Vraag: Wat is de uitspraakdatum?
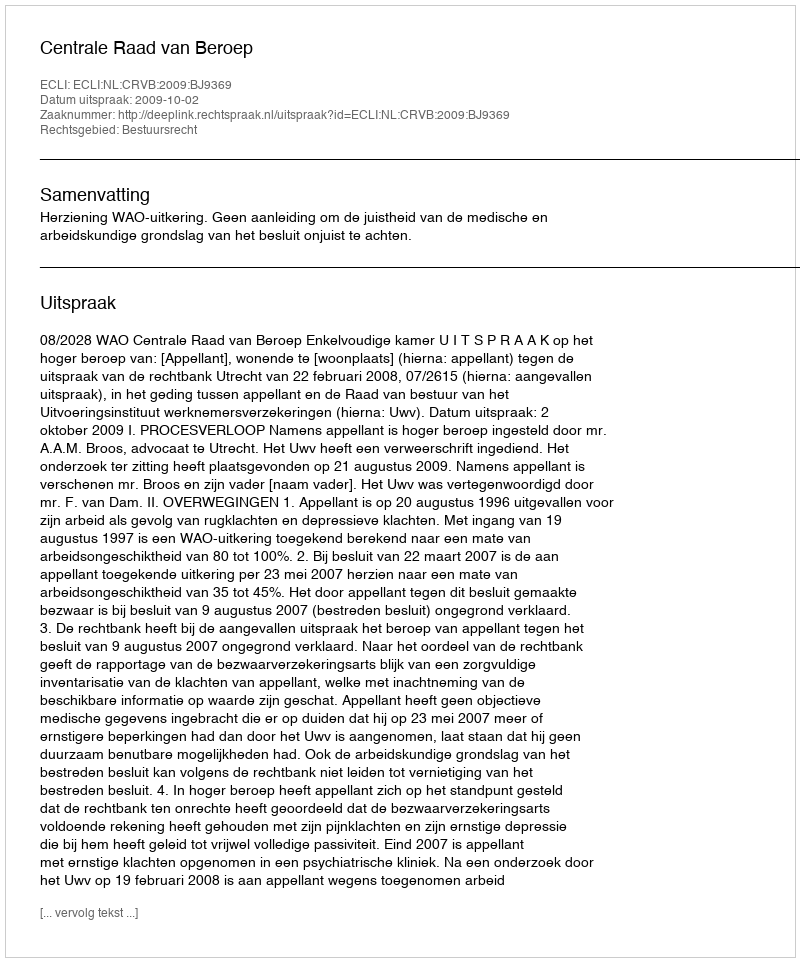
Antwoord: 2009-10-02